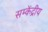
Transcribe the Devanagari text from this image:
सम्केंद्रीय